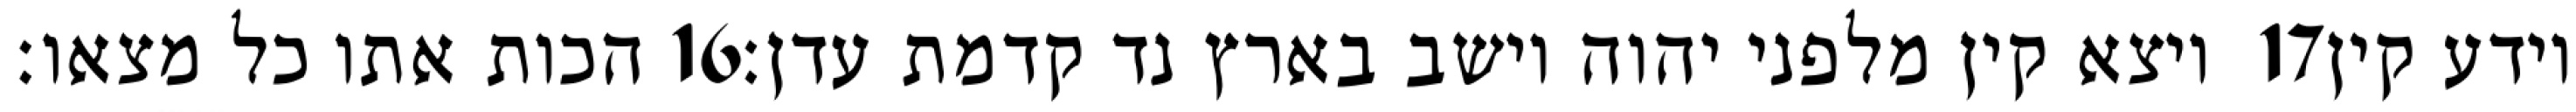
הכות אתו כל מצאו׃ ‎16‏ ויצא קין מלפני יהוה וישב בארץ נד קדמת עדן׃ ‎17‏ וידע קין